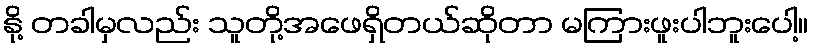
နို့ တခါမှလည်း သူတို့အဖေရှိတယ်ဆိုတာ မကြားဖူးပါဘူးပေါ့။